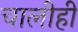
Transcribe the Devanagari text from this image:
चालीही